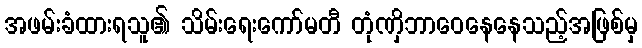
အဖမ်းခံထားရသူ၏ သိမ်းရေးကော်မတီ တုံဏှိဘာဝေနေနေသည့်အဖြစ်မှ